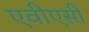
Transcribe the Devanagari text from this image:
एवीएसी